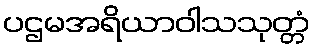
ပဌမအရိယာဝါသသုတ္တံ